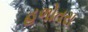
હળોતરા